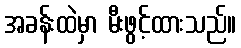
အခန်းထဲမှာ မီးဖွင့်ထားသည်။